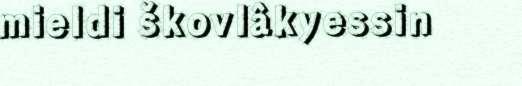
mieldi škovlâkyessin